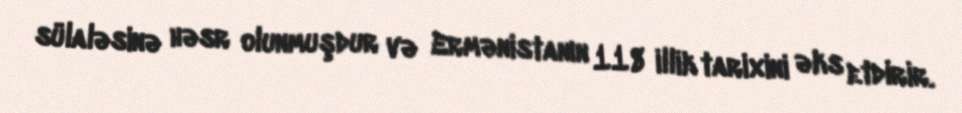
sülaləsinə həsr olunmuşdur və Ermənistanın 118 illik tarixini əks etdirir.